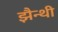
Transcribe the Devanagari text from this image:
झैन्थी